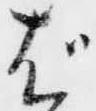
ば